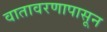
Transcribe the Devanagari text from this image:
वातावरणापासून